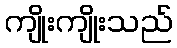
ကျိုးကျိုးသည်